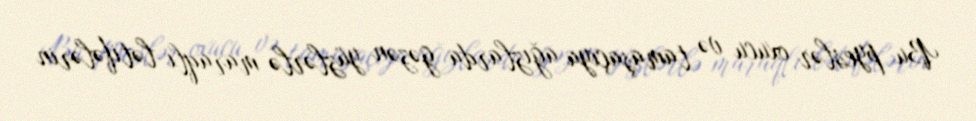
Bu pyeslər oxucu və tamaşaçıya ağızlarda gəzən yüzlərlə maraqlı lətifələrin